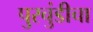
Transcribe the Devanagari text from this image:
पुरचुंडीचा